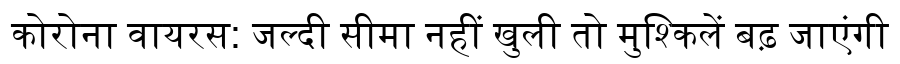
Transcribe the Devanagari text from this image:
कोरोना वायरस: जल्दी सीमा नहीं खुली तो मुश्किलें बढ़ जाएंगी